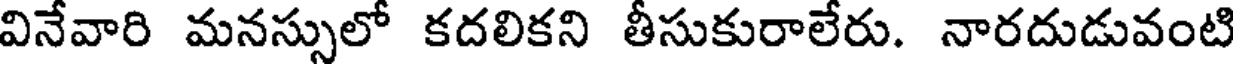
వినేవారి మనస్సులో కదలికని తీసుకురాలేరు. నారదుడువంటి